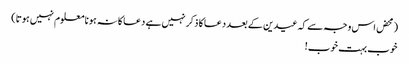
(محض اس وجہ سے کہ عیدین کے بعد دعا کا ذکر نہیں ہے دعا کا نہ ہونا معلوم نہیں ہوتا)
خوب بہت خوب!